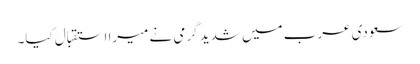
سعودی عرب میں شدید گرمی نے میرا استقبال کیا۔